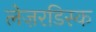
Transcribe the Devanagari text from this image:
लेज़रडिस्क